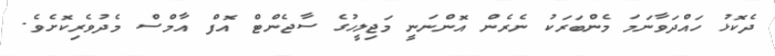
ދެކޮޅު ހައްދަވާނަމަ މެންބަރަކު ނެރެން އޮންނަނީ މަޖިލީހުގެ ސާޖެންޓް އޮފް އާމްސް މެދުވެރިކޮށެވެ.